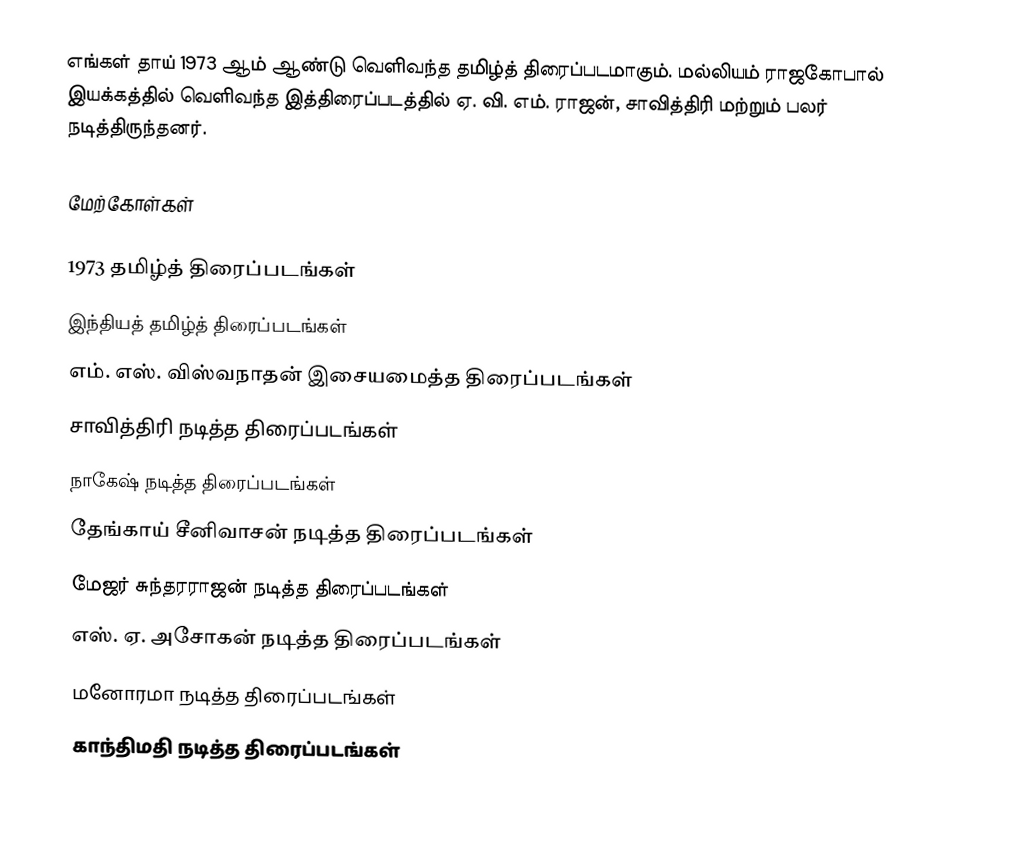
எங்கள் தாய் 1973 ஆம் ஆண்டு வெளிவந்த தமிழ்த் திரைப்படமாகும். மல்லியம் ராஜகோபால் இயக்கத்தில் வெளிவந்த இத்திரைப்படத்தில் ஏ. வி. எம். ராஜன், சாவித்திரி மற்றும் பலர் நடித்திருந்தனர்.

மேற்கோள்கள்

1973 தமிழ்த் திரைப்படங்கள்
இந்தியத் தமிழ்த் திரைப்படங்கள்
எம். எஸ். விஸ்வநாதன் இசையமைத்த திரைப்படங்கள்
சாவித்திரி நடித்த திரைப்படங்கள்
நாகேஷ் நடித்த திரைப்படங்கள்
தேங்காய் சீனிவாசன் நடித்த திரைப்படங்கள்
மேஜர் சுந்தரராஜன் நடித்த திரைப்படங்கள்
எஸ். ஏ. அசோகன் நடித்த திரைப்படங்கள்
மனோரமா நடித்த திரைப்படங்கள்
காந்திமதி நடித்த திரைப்படங்கள்